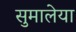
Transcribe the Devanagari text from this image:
सुमालेया